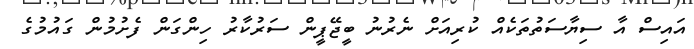
އައިސް އާ ސިޔާސަތުތަކެއް ކުރިއަށް ނެރުނު ބީޖޭޕީން ސަރުކާރު ހިންގަން ފެށުމުން ގައުމުގެ